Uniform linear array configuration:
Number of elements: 12
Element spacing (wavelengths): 0.25
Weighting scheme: hamming
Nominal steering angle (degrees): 15
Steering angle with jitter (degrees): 14.238
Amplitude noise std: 0.05
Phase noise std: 0.05

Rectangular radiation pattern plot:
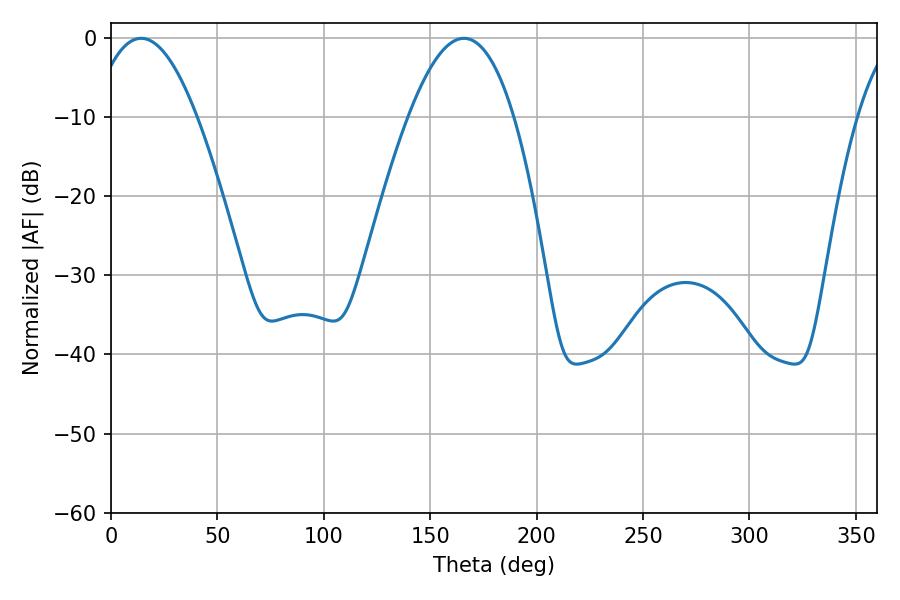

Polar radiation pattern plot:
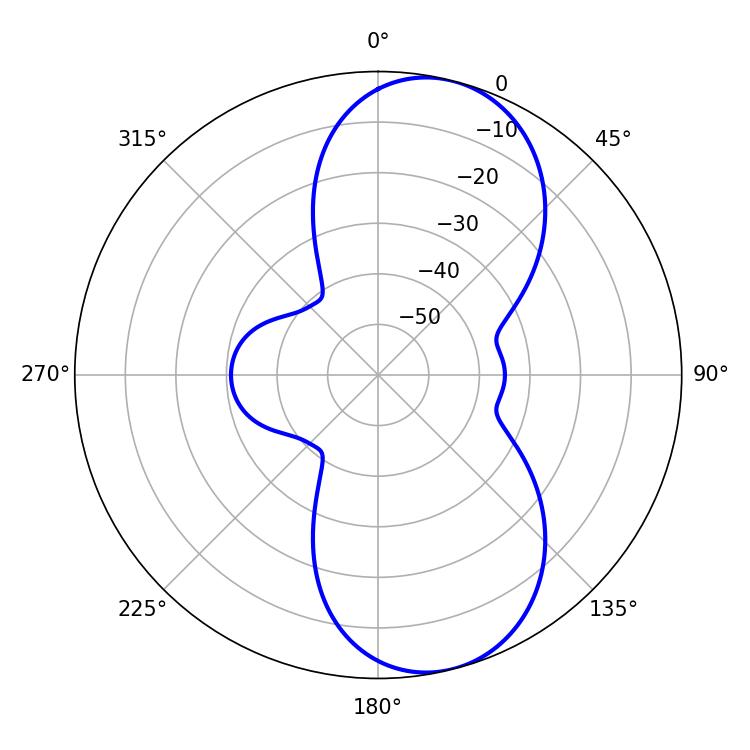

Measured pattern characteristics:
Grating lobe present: FALSE
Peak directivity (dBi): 8.873
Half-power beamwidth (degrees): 27
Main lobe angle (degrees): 14.22